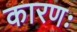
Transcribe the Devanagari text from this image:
कारणः